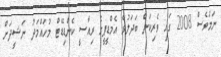
ނަމަވެސް 2008 ގައި ވެރިކަން ބަދަލުވެ އެމްޑީޕީގެ ރިއާސީ ކެންޑިޑޭޓް މުހައްމަދު ނަޝީދަށް